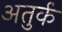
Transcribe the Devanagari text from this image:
अतुर्क